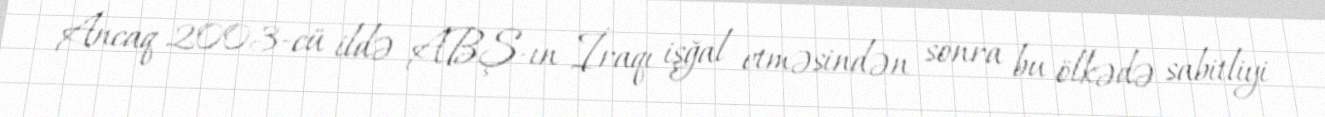
Ancaq 2003-cü ildə ABŞ-ın İraqı işğal etməsindən sonra bu ölkədə sabitliyi